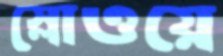
স্লোওয়ে